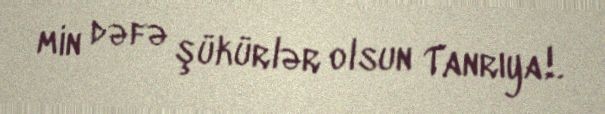
min dəfə şükürlər olsun Tanrıya!.